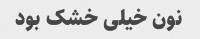
نون خیلی خشک بود